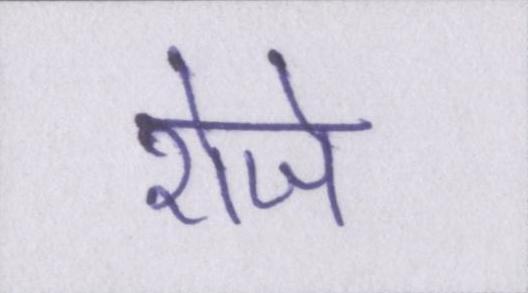
रोजे